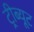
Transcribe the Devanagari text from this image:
ट्रीब्यूट